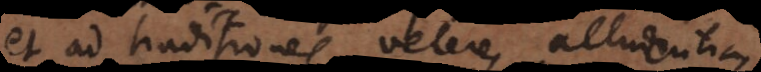
et ad traditiones veteres alludentia,